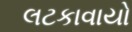
લટકાવાયો